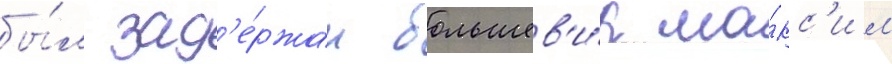
бы́л зад'е́ржан большев'и́к ма́кс'им